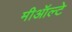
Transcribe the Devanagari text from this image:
मीऑल्टे